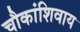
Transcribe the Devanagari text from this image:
चौकांशिवाय